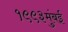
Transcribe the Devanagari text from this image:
१९९३मुंबई